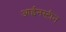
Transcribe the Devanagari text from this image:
आईनस्टीन